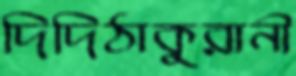
দিদিঠাকুরানী